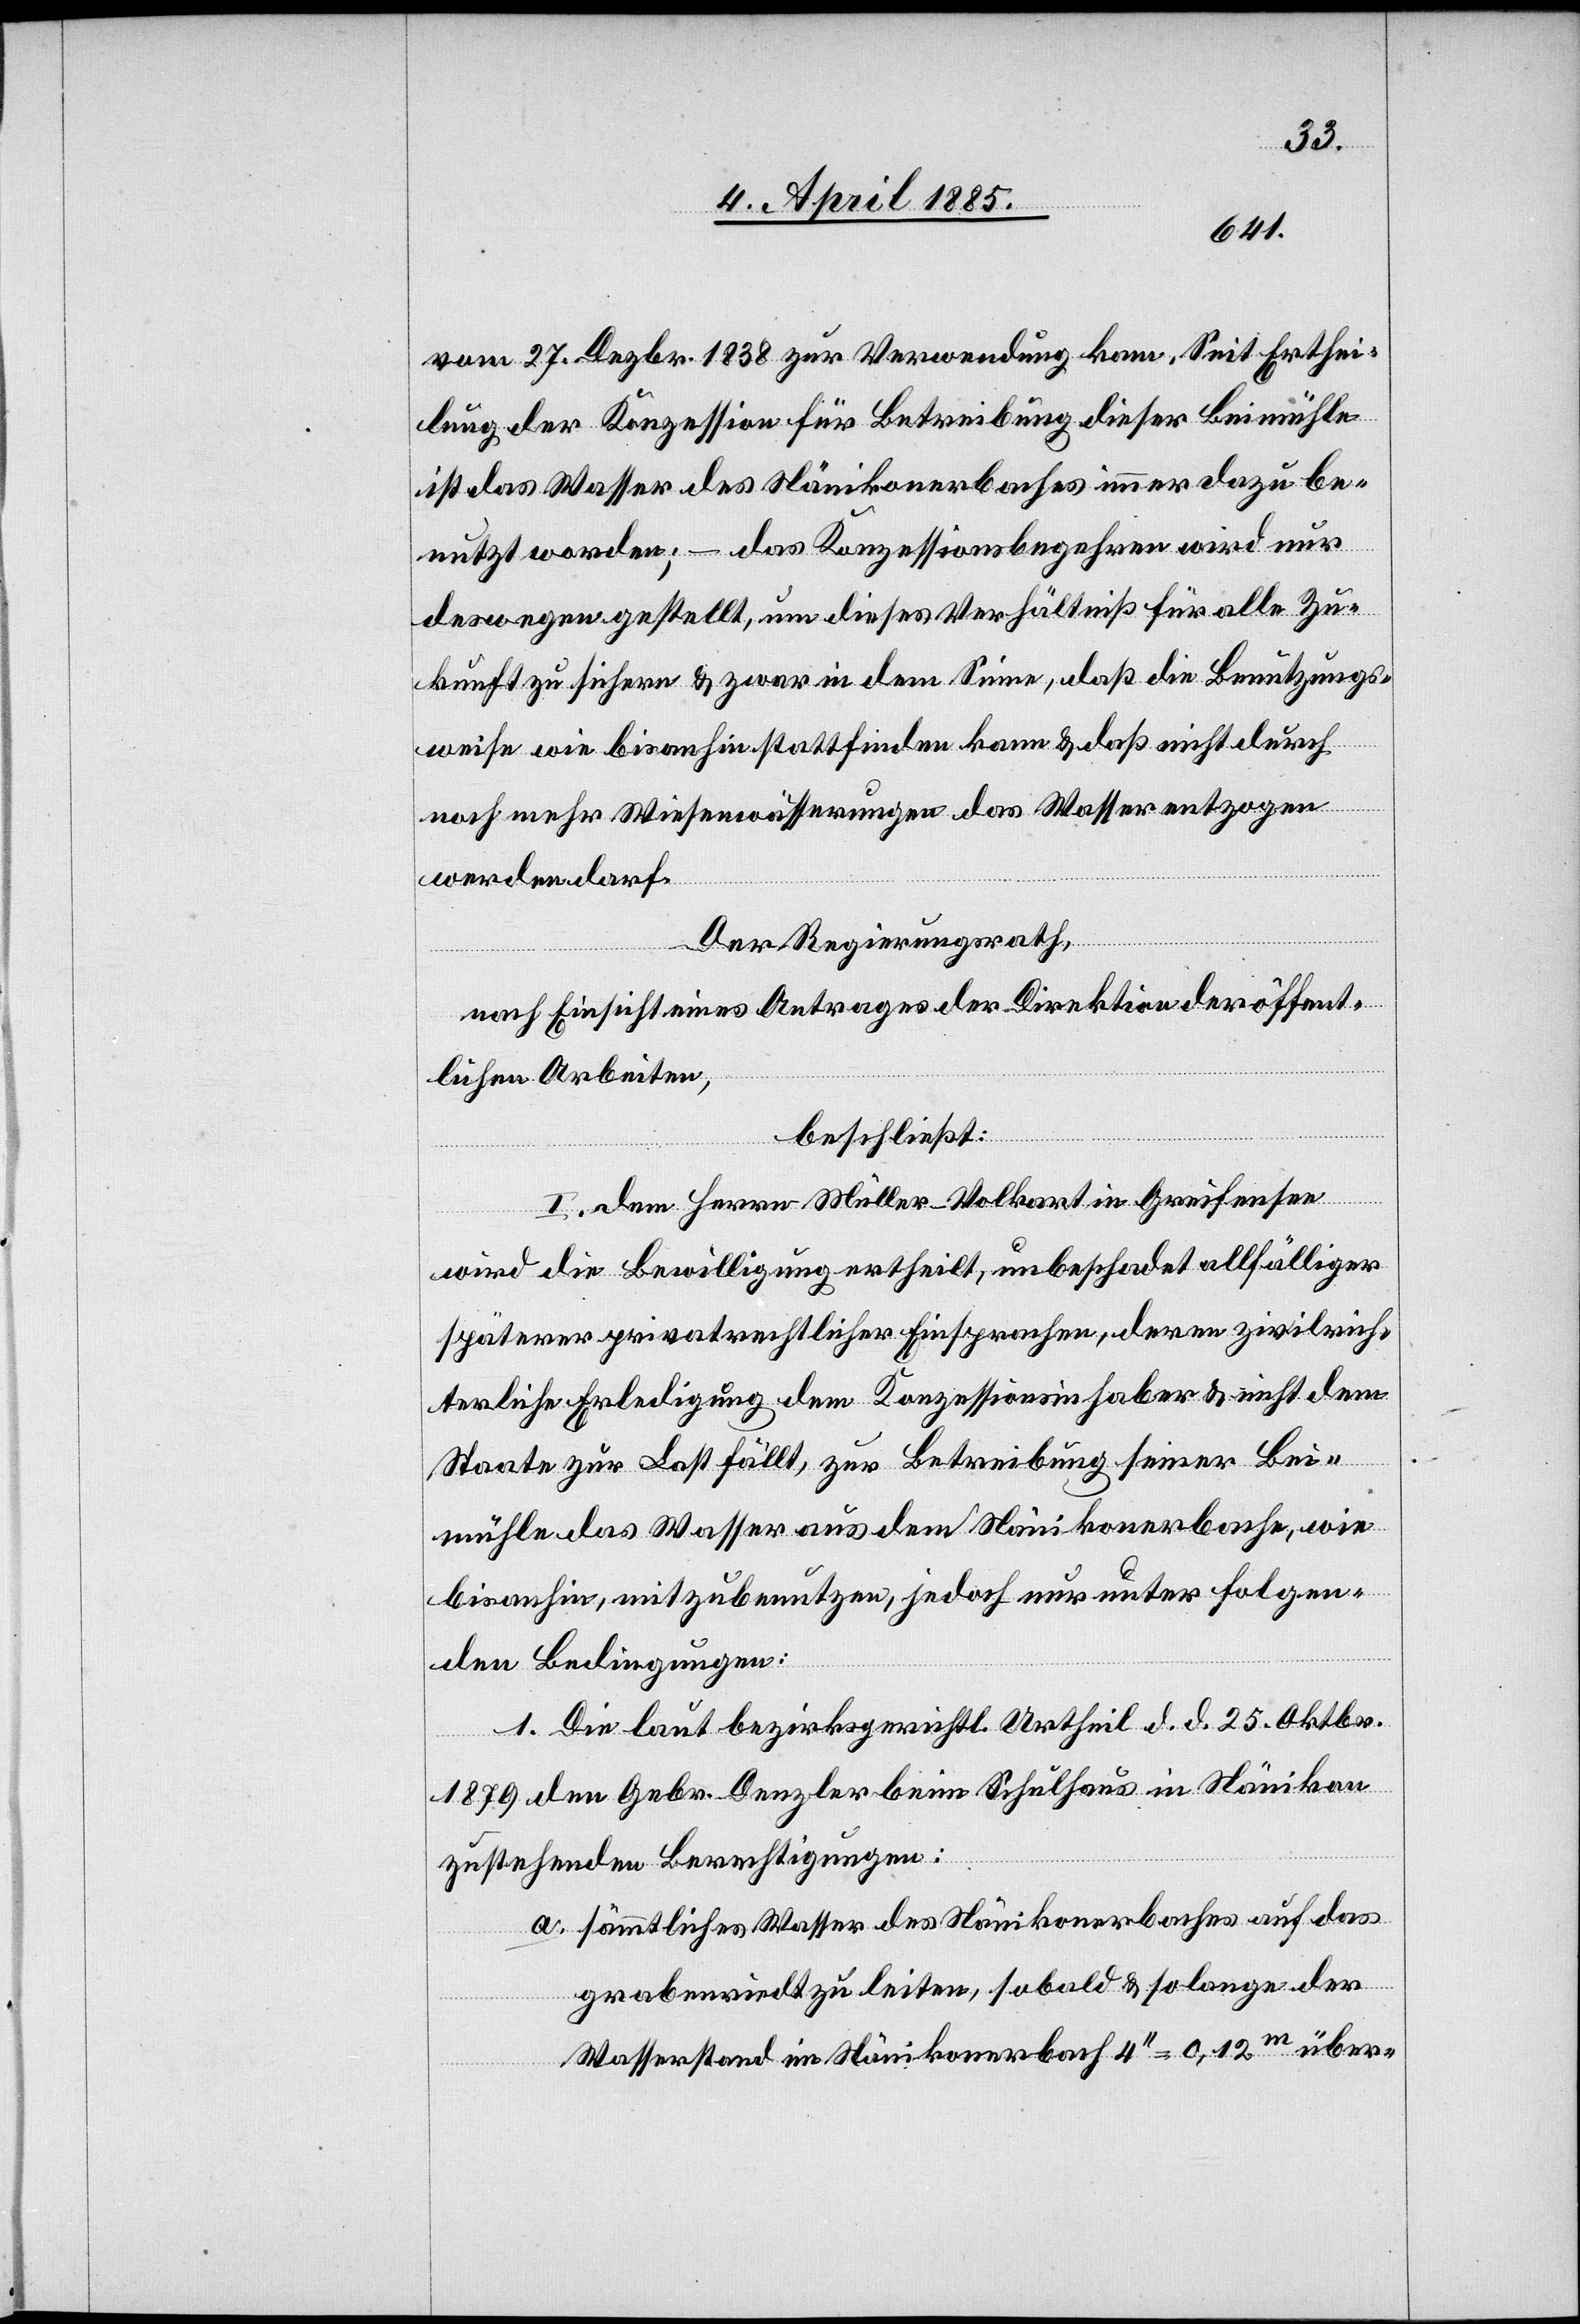
vom 27. Dezbr. 1838 zur Verwendung kam. Seit Erthei¬
lung der Konzession für Betreibung dieser Beimühle
ist das Wasser des Nänikonerbaches immer dazu be¬
nutzt worden; – das Konzessionsbegehren wird nur
deswegen gestellt, um dieses Verhältniß für alle Zu¬
kunft zu sichern & zwar in dem Sinne, daß die Benutzungs¬
weise wie bis anhin stattfinden kann & daß nicht durch
noch mehr Wiesenwässerungen das Wasser entzogen
werden darf.
Der Regierungsrath,
nach Einsicht eines Antrages der Direktion der öffent¬
lichen Arbeiten,
beschließt:
I. Dem Herrn Müller-Volkart in Greifensee
wird die Bewilligung ertheilt, unbeschadet allfälliger
späterer privatrechtlichen Einsprachen, deren zivilrich¬
terliche Erledigung dem Konzessionsinhaber & nicht dem
Staate zur Last fällt, zur Betreibung seiner Bei¬
mühle das Wasser aus dem Nänikonerbache, wie
bis anhin, mitzubenutzen, jedoch nur unter folgen¬
den Bedingungen:
1. Die laut bezirksgerichtl. Urtheil d. d. 25. Oktober
1879 den Gebr. Denzler beim Schulhaus in Nänikon
zustehenden Berechtigungen:
a. Sämmtliches Wasser des Nänikonerbaches auf das
Grabenriedt zu leiten, sobald & solange der
Wasserstand im Nänikonerbach 4’’ = 0,12 m über-